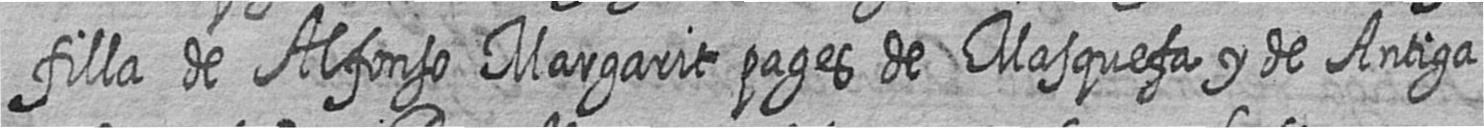
filla de Alfonso Margarit pages de Masquefa y de Antiga